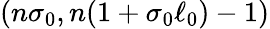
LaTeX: (n\sigma_{0},n(1+\sigma_{0}\ell_{0})-1)